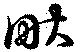
畎